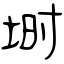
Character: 埘